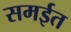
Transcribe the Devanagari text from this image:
समईत